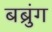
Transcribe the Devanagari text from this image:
बब्रुंग